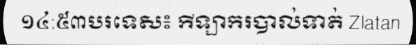
១៤:៥៣បរទេស៖ កីឡាករបាល់ទាត់ Zlatan